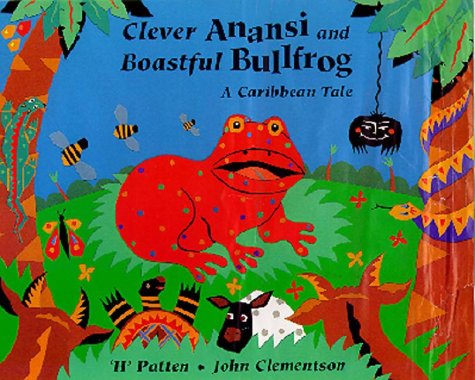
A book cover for Clever Anansi and Boastful Bullfrog: A Caribbean Tale; H' Patten; Children's Books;